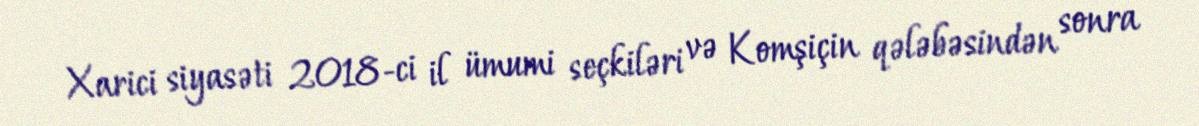
Xarici siyasəti 2018-ci il ümumi seçkiləri və Komşiçin qələbəsindən sonra